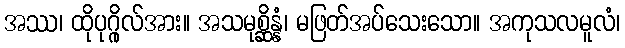
အဿ၊ ထိုပုဂ္ဂိုလ်အား။ အသမုစ္ဆိန္နံ၊ မဖြတ်အပ်သေးသော။ အကုသလမူလံ၊